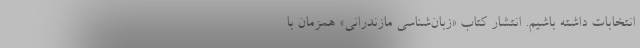
انتخابات داشته باشیم. انتشار کتاب «زبان‌شناسی مازندرانی» همزمان با